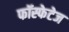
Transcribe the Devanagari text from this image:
फॉस्फेटेज